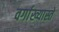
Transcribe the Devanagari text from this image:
वर्गाख्यास्ते